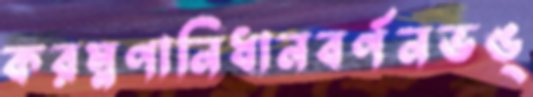
করম্নণানিধানবর্ণনভঙ্